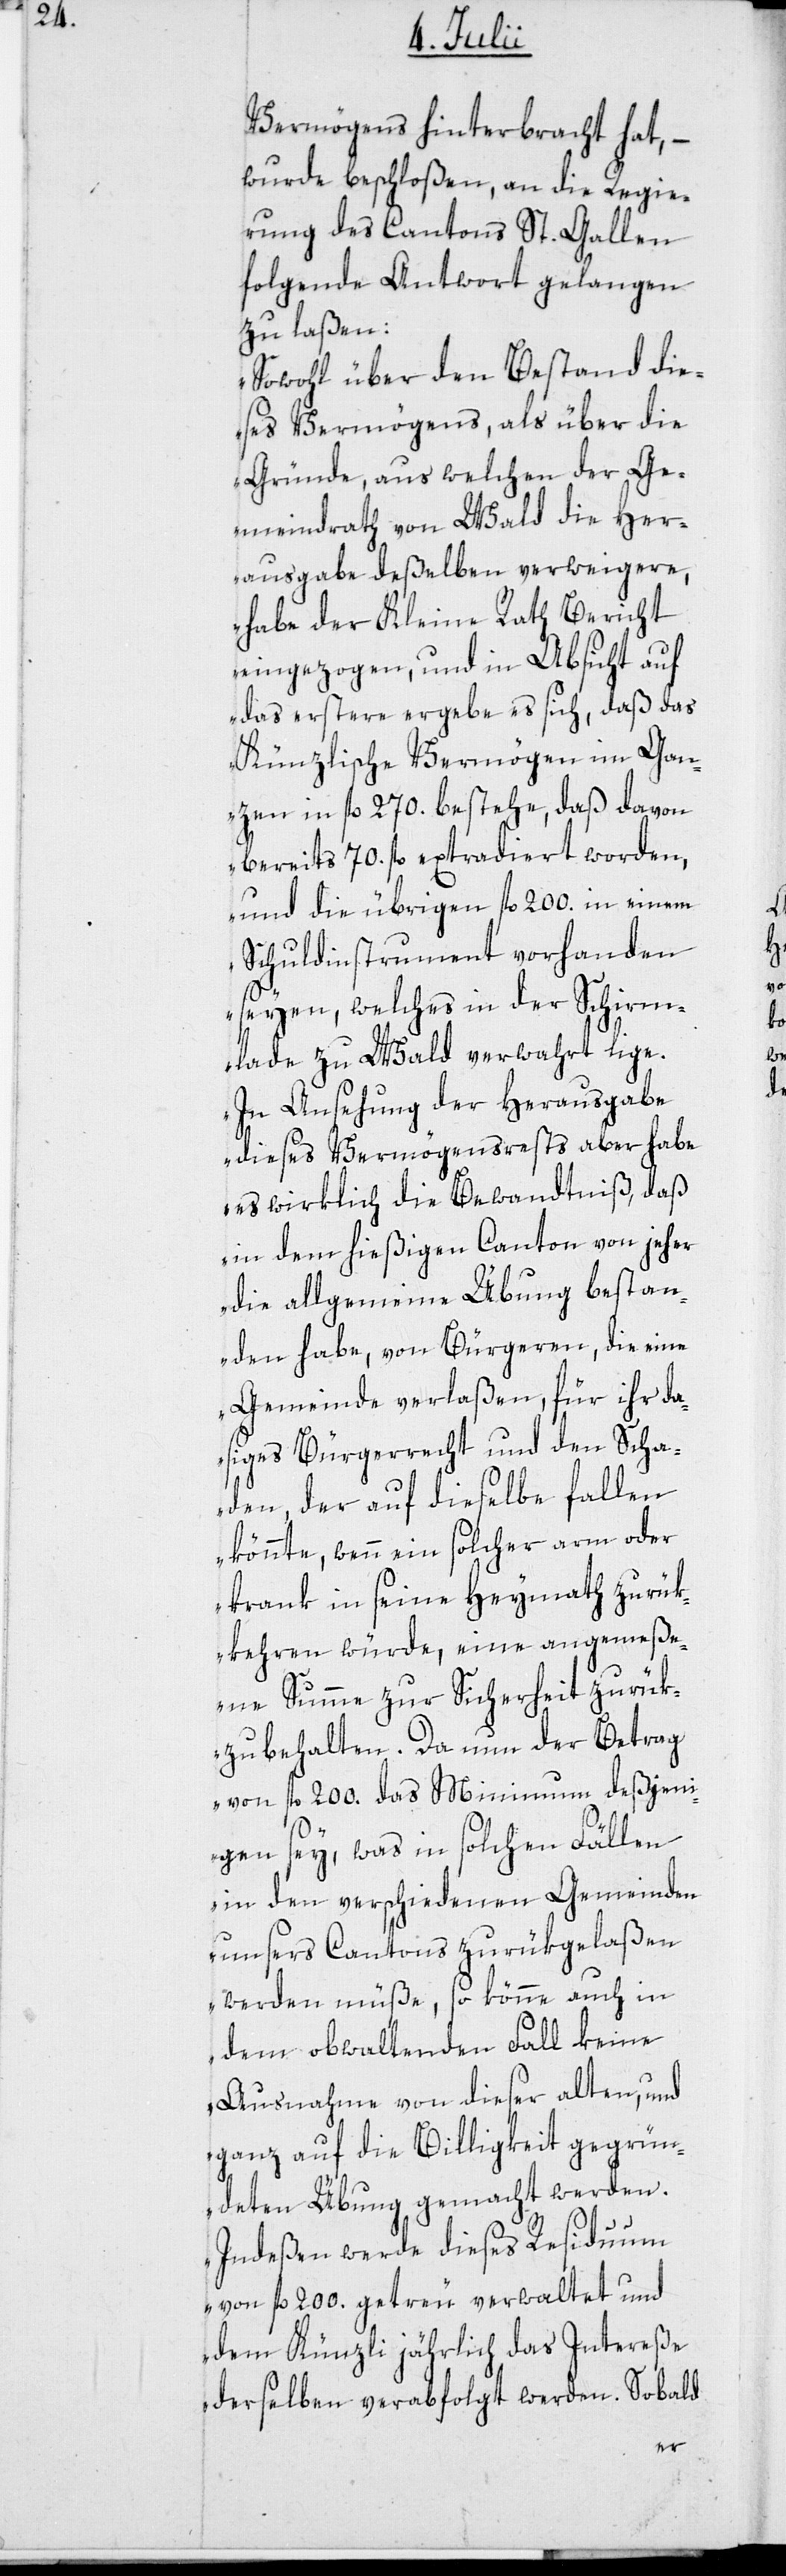
Vermögens hinterbracht hat, –
wurde beschloßen, an die Regie¬
rung des Cantons St. Gallen
folgende Antwort gelangen
zu laßen:
„Sowohl über den Bestand die¬
ses Vermögens, als über die
Gründe, aus welchen der Ge¬
meindrath von Wald die Her¬
ausgabe deßelben verweigere,
habe der Kleine Rath Bericht
eingezogen, und in Absicht auf
das erstere ergebe es sich, daß das
Künzlische Vermögen im Gan¬
zen in fl. 270. bestehe, daß davon
bereits 70. fl. extradiert worden,
und die übrigen fl. 200. in einem
Schuldinstrument vorhanden
seyen, welches in der Schirm¬
lade zu Wald verwahrt lige.
In Ansehung der Herausgabe
dieses Vermögensrests aber habe
es wirklich die Bewandtniß, daß
in dem hießigen Canton von jeher
die allgemeine Übung bestan¬
den habe, von Bürgeren, die eine
Gemeinde verlaßen, für ihr da¬
siges Bürgerrecht und den Scha¬
den, der auf dieselbe fallen
könnte, wenn ein solcher arm oder
krank in seine Heymath zurük¬
kehren würde, eine angemeße¬
ne Summe zur Sicherheit zurük
zu behalten. Da nun der Betrag
von fl. 200. das Minimum deßjeni¬
gen sey, was in solchen Fällen
in den verschiedenen Gemeinden
unsers Cantons zurükgelaßen
werden müße, so könne auch in
dem obwaltenden Fall keine
Ausnahme von dieser alten, und
ganz auf die Billigkeit gegrün¬
deten Übung gemacht werden.
Indeßen werde dieses Residuum
von fl. 200. getreu verwaltet und
dem Künzli jährlich das Intereße
derselben verabfolgt werden. Sobald